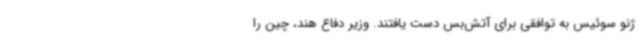
ژنو سوئیس به توافقی برای آتش‌بس دست یافتند. وزیر دفاع هند، چین را